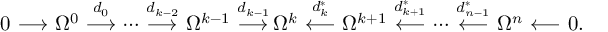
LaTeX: \begin{array} { c c c c c c c c c c c c c c c c c c c c c c } { { 0 \! \! \! } } & { { \! \stackrel { } { \longrightarrow } \! \! \! } } & { { \! \Omega ^ { 0 } \! \! \! } } & { { \! \stackrel { d _ { 0 } } { \longrightarrow } \! \! \! } } & { { \! \cdots \! \! \! } } & { { \! \stackrel { d _ { k - 2 } } { \longrightarrow } \! \! \! } } & { { \! \Omega ^ { k - 1 } \! \! \! } } & { { \! \stackrel { d _ { k - 1 } } { \longrightarrow } \! \! \! } } & { { \! \! \Omega ^ { k } \! \! \! } } & { { \! \stackrel { d _ { k } ^ { * } } { \longleftarrow } \! \! \! } } & { { \! \Omega ^ { k + 1 } \! \! \! } } & { { \! \stackrel { d _ { k + 1 } ^ { * } } { \longleftarrow } \! \! \! } } & { { \! \cdots \! \! \! } } & { { \! \stackrel { d _ { n - 1 } ^ { * } } { \longleftarrow } \! \! \! } } & { { \! \Omega ^ { n } \! \! \! } } & { { \! \stackrel { } { \longleftarrow } \! \! \! } } & { { \! 0 . } } \end{array}